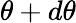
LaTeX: \theta+d\theta